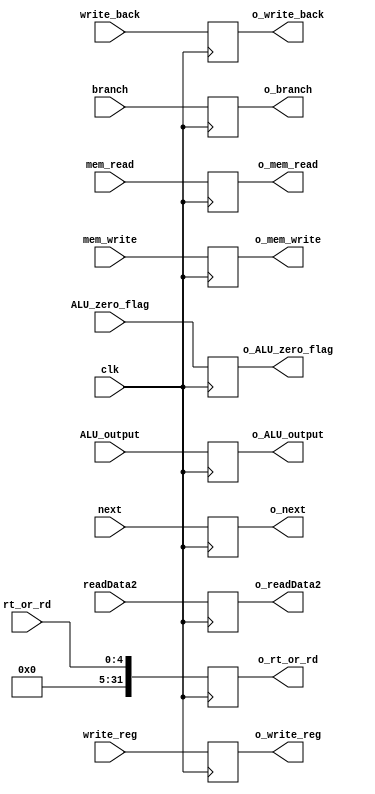

`timescale 1 ns / 1 ps

module EX_MEM_PipelineReg (clk,branch,write_back,mem_read,mem_write,write_reg,ALU_output,readData2,next,rt_or_rd,ALU_zero_flag,o_mem_read,o_mem_write,
	o_write_reg,o_write_back,o_ALU_output,o_ALU_zero_flag,o_branch,o_next,o_readData2,o_rt_or_rd);
	
	input wire clk ;
	
	// control signals coming from control unit
	
	input wire branch ;
	input wire write_back ;	
	input wire mem_read ;
	input wire mem_write ;
	input wire write_reg ; 
	
	input wire [31:0] ALU_output; 
	input wire [31:0] readData2; // 2nd alu input 
	input wire [31:0] next ; // ( PC + 4 ) + imm. shifted by 2 bits 
	input wire [4:0] rt_or_rd ;// depends on the control signal of RegDst whether we will write in "rt" or "rd"
	input wire ALU_zero_flag ; 	// output of the adder 
	
	// output control signals 
	
	output reg o_mem_read;
	output reg o_mem_write;
	output reg o_write_reg ;
	output reg o_write_back ;
	output reg o_branch ;
	
	output reg [31:0] o_next ; 	// (PC+4) + imm. shifted by 2 bits 
	output reg [31:0] o_ALU_output ;
	output reg o_ALU_zero_flag ;
	output reg [31:0] o_readData2;
	output reg [31:0] o_rt_or_rd;
	
	always @ (posedge clk)
		begin 
			o_mem_read<=mem_read;
			o_mem_write<=mem_write;
			o_write_reg<=write_reg;
			o_write_back<=write_back;
			o_branch<=branch;
			o_ALU_output<=ALU_output;
			o_ALU_zero_flag<=ALU_zero_flag;	 
			o_next<=next;
			o_readData2<=readData2;
			o_rt_or_rd<=rt_or_rd;
		end
endmodule